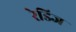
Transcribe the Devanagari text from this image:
रेडिज